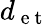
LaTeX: d_{\mathrm{~e~t~}}